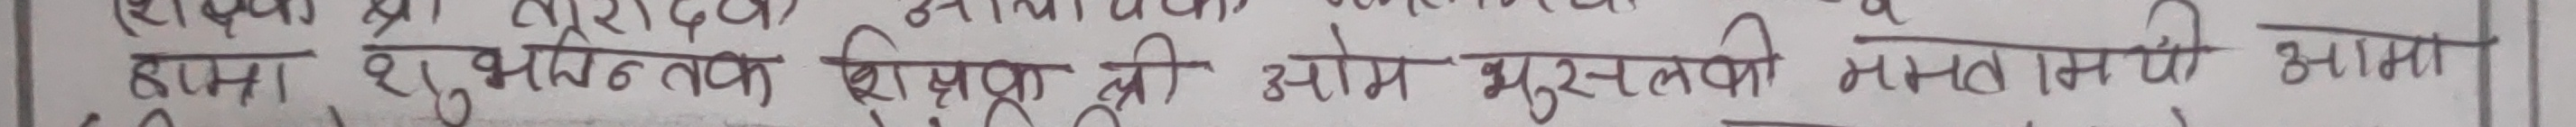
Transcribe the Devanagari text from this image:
हाम्रो शैक्षिक तथा शीघ्रवृद्धि उद्योग मुख्ल रूपी क्षमतामा आशा